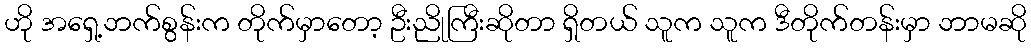
ဟို အရှေ့ဘက်စွန်းက တိုက်မှာတော့ ဦးညိုကြီးဆိုတာ ရှိတယ် သူက သူက ဒီတိုက်တန်းမှာ ဘာမဆို